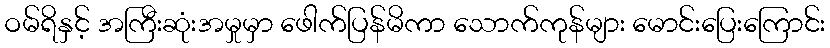
ဝမ်ရိနှင့် အကြီးဆုံးအမှုမှာ ဖေါက်ပြန်မိကာ သောက်ကုန်များ မောင်းပြေးကြောင်း